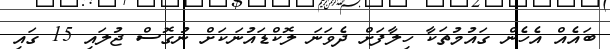
ބައެއް އެހެން ގައުމުތަކާ ހިލާފަށް ދެވަނަ ލޮކްޑައުނަކަށް ނުގޮސް ޖުލައި 15 ގައި